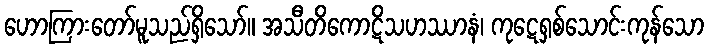
ဟောကြားတော်မူသည်ရှိသော်။ အသီတိကောဋိသဟဿာနံ၊ ကုဋေရှစ်သောင်းကုန်သော